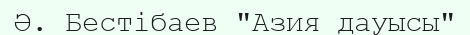
Ә. Бестібаев "Азия дауысы"